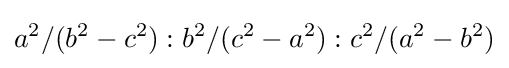
a^{2}/(b^{2}-c^{2}):b^{2}/(c^{2}-a^{2}):c^{2}/(a^{2}-b^{2})